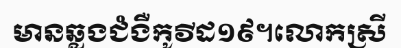
មានឆ្លងជំងឺកូវីដ១៩។លោកស្រី